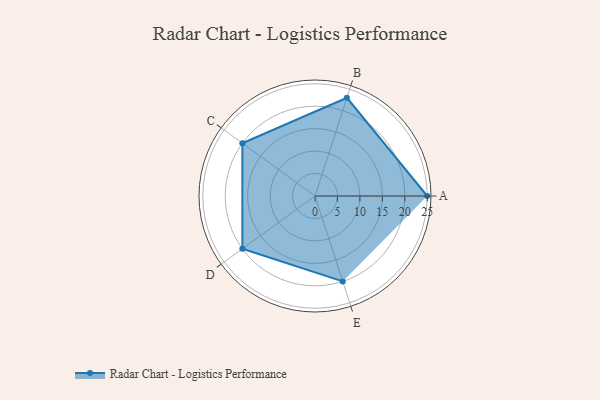
{"axis": {"x": "Skill", "y": "Score"}, "legend": ["Profile"], "data": [{"x": "A", "y": 25.0, "type": "Profile"}, {"x": "B", "y": 23.0, "type": "Profile"}, {"x": "C", "y": 20.0, "type": "Profile"}, {"x": "D", "y": 20, "type": "Profile"}, {"x": "E", "y": 20, "type": "Profile"}]}